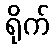
ရိုက်